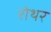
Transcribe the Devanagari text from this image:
रोथर